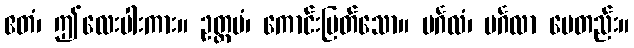
ဧတံ၊ ဤလေးပါးကား။ ဥတ္တမံ၊ ကောင်းမြတ်သော။ မင်္ဂလံ၊ မင်္ဂလာ ပေတည်း။